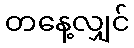
တနေ့လျှင်